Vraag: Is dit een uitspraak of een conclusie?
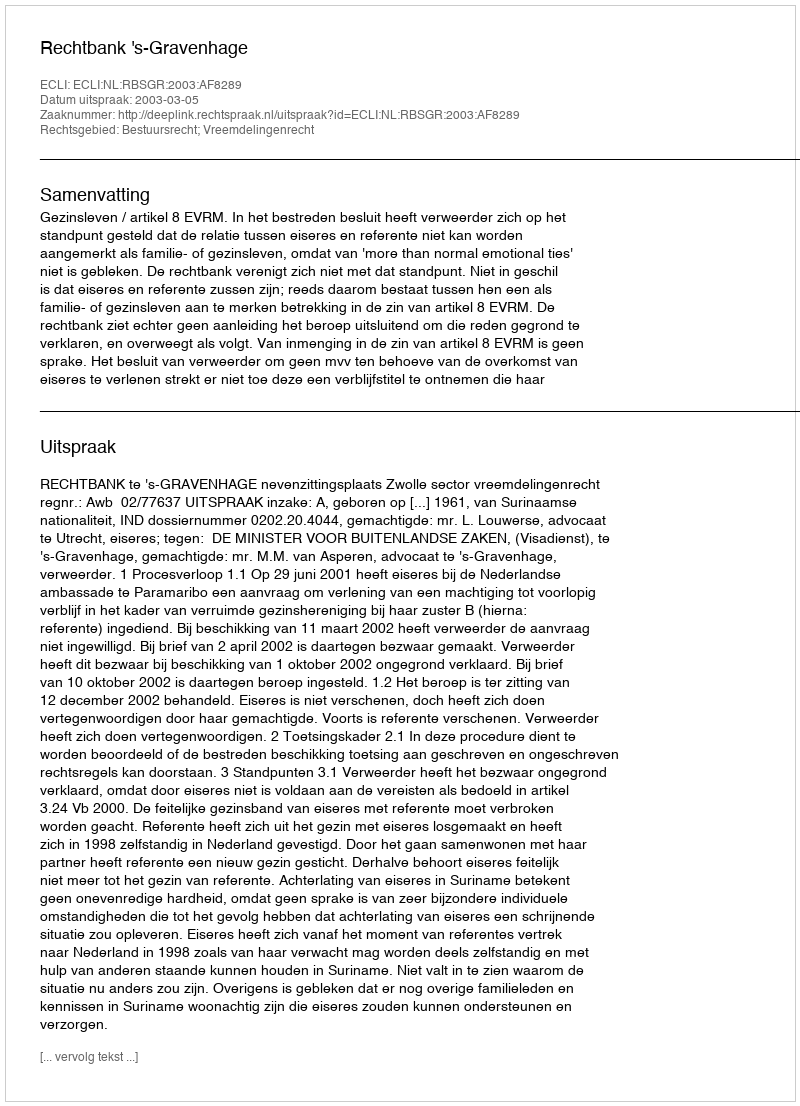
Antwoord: Uitspraak